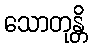
သောတုန္တိ